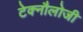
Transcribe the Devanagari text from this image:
टेक्नौलोजी